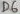
Text: D6